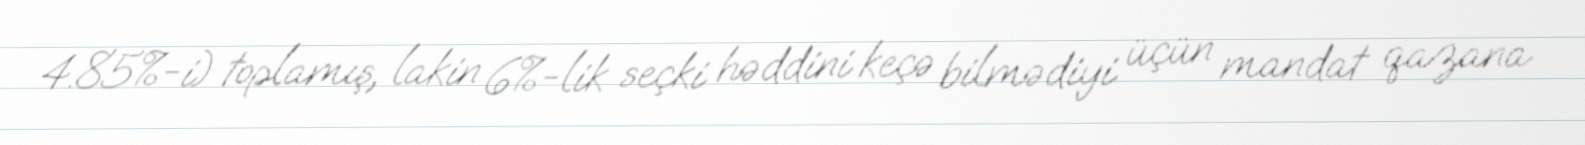
4.85%-i) toplamış, lakin 6%-lik seçki həddini keçə bilmədiyi üçün mandat qazana